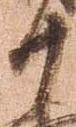
十